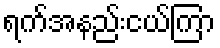
ရက်အနည်းငယ်ကြာ